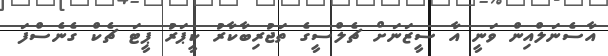
އާސެނަލްއިން ވަނީ އާ ސީޒަނަށް ޗެލްސީގެ ތަޖުރިބާކާރު ކީޕަރު ޕީޓަ ޗެކް ގެނެސްފަ